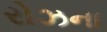
રોઝના